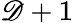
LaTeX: \mathscr{D}+1